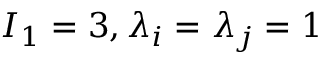
I _ { 1 } = 3 , \lambda _ { i } = \lambda _ { j } = 1